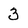
Character: 3